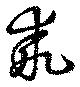
乖